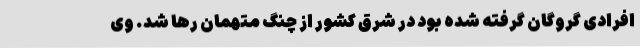
افرادی گروگان گرفته شده بود در شرق کشور از چنگ متهمان رها شد. وی